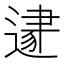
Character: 𨕛